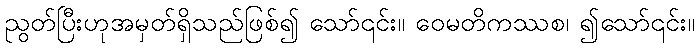
ညွတ်ပြီးဟုအမှတ်ရှိသည်ဖြစ်၍ သော်၎င်း။ ဝေမတိကဿစ၊ ၍သော်၎င်း။